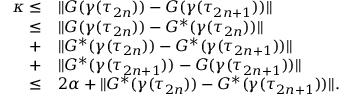
\begin{array} { r l } { \kappa \leq } & { \| G ( \gamma ( \tau _ { 2 n } ) ) - G ( \gamma ( \tau _ { 2 n + 1 } ) ) \| } \\ { \leq } & { \| G ( \gamma ( \tau _ { 2 n } ) ) - G ^ { * } ( \gamma ( \tau _ { 2 n } ) ) \| } \\ { + } & { \| G ^ { * } ( \gamma ( \tau _ { 2 n } ) ) - G ^ { * } ( \gamma ( \tau _ { 2 n + 1 } ) ) \| } \\ { + } & { \| G ^ { * } ( \gamma ( \tau _ { 2 n + 1 } ) ) - G ( \gamma ( \tau _ { 2 n + 1 } ) ) \| } \\ { \leq } & { 2 \alpha + \| G ^ { * } ( \gamma ( \tau _ { 2 n } ) ) - G ^ { * } ( \gamma ( \tau _ { 2 n + 1 } ) ) \| . } \end{array}